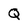
Character: Q